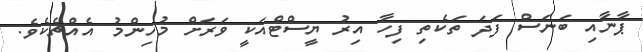
ޕާނާއި ބަނަސް ފަދަ ތަކެތި ފިހާ އިރު ޔީސްޓްއަކީ ވަރަށް މުހިންމު އެއްޗެކެވެ.